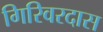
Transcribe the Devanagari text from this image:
गिरिवरदास